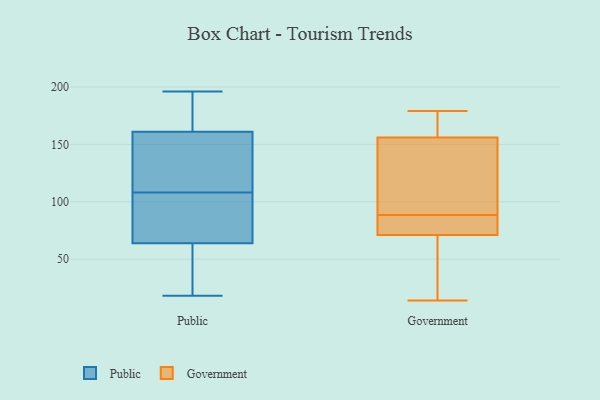
{"axis": {"x": "Temperature (°C)", "y": "Value"}, "legend": ["Government", "Public"], "data": [{"x": "", "y": 100, "type": "Public"}, {"x": "", "y": 147, "type": "Public"}, {"x": "", "y": 93, "type": "Public"}, {"x": "", "y": 23, "type": "Public"}, {"x": "", "y": 155, "type": "Public"}, {"x": "", "y": 108, "type": "Public"}, {"x": "", "y": 168, "type": "Public"}, {"x": "", "y": 135, "type": "Public"}, {"x": "", "y": 18, "type": "Public"}, {"x": "", "y": 192, "type": "Public"}, {"x": "", "y": 20, "type": "Public"}, {"x": "", "y": 81, "type": "Public"}, {"x": "", "y": 58, "type": "Public"}, {"x": "", "y": 196, "type": "Public"}, {"x": "", "y": 163, "type": "Public"}, {"x": "", "y": 81, "type": "Government"}, {"x": "", "y": 179, "type": "Government"}, {"x": "", "y": 84, "type": "Government"}, {"x": "", "y": 174, "type": "Government"}, {"x": "", "y": 156, "type": "Government"}, {"x": "", "y": 14, "type": "Government"}, {"x": "", "y": 93, "type": "Government"}, {"x": "", "y": 37, "type": "Government"}, {"x": "", "y": 71, "type": "Government"}, {"x": "", "y": 150, "type": "Government"}]}